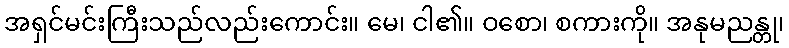
အရှင်မင်းကြီးသည်လည်းကောင်း။ မေ၊ ငါ၏။ ဝစော၊ စကားကို။ အနုမညန္တု၊